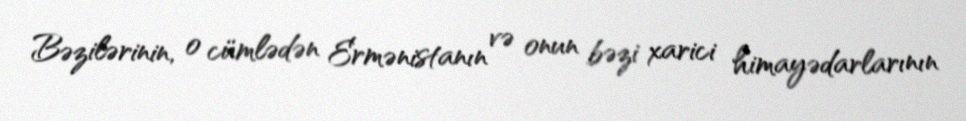
Bəzilərinin, o cümlədən Ermənistanın və onun bəzi xarici himayədarlarının